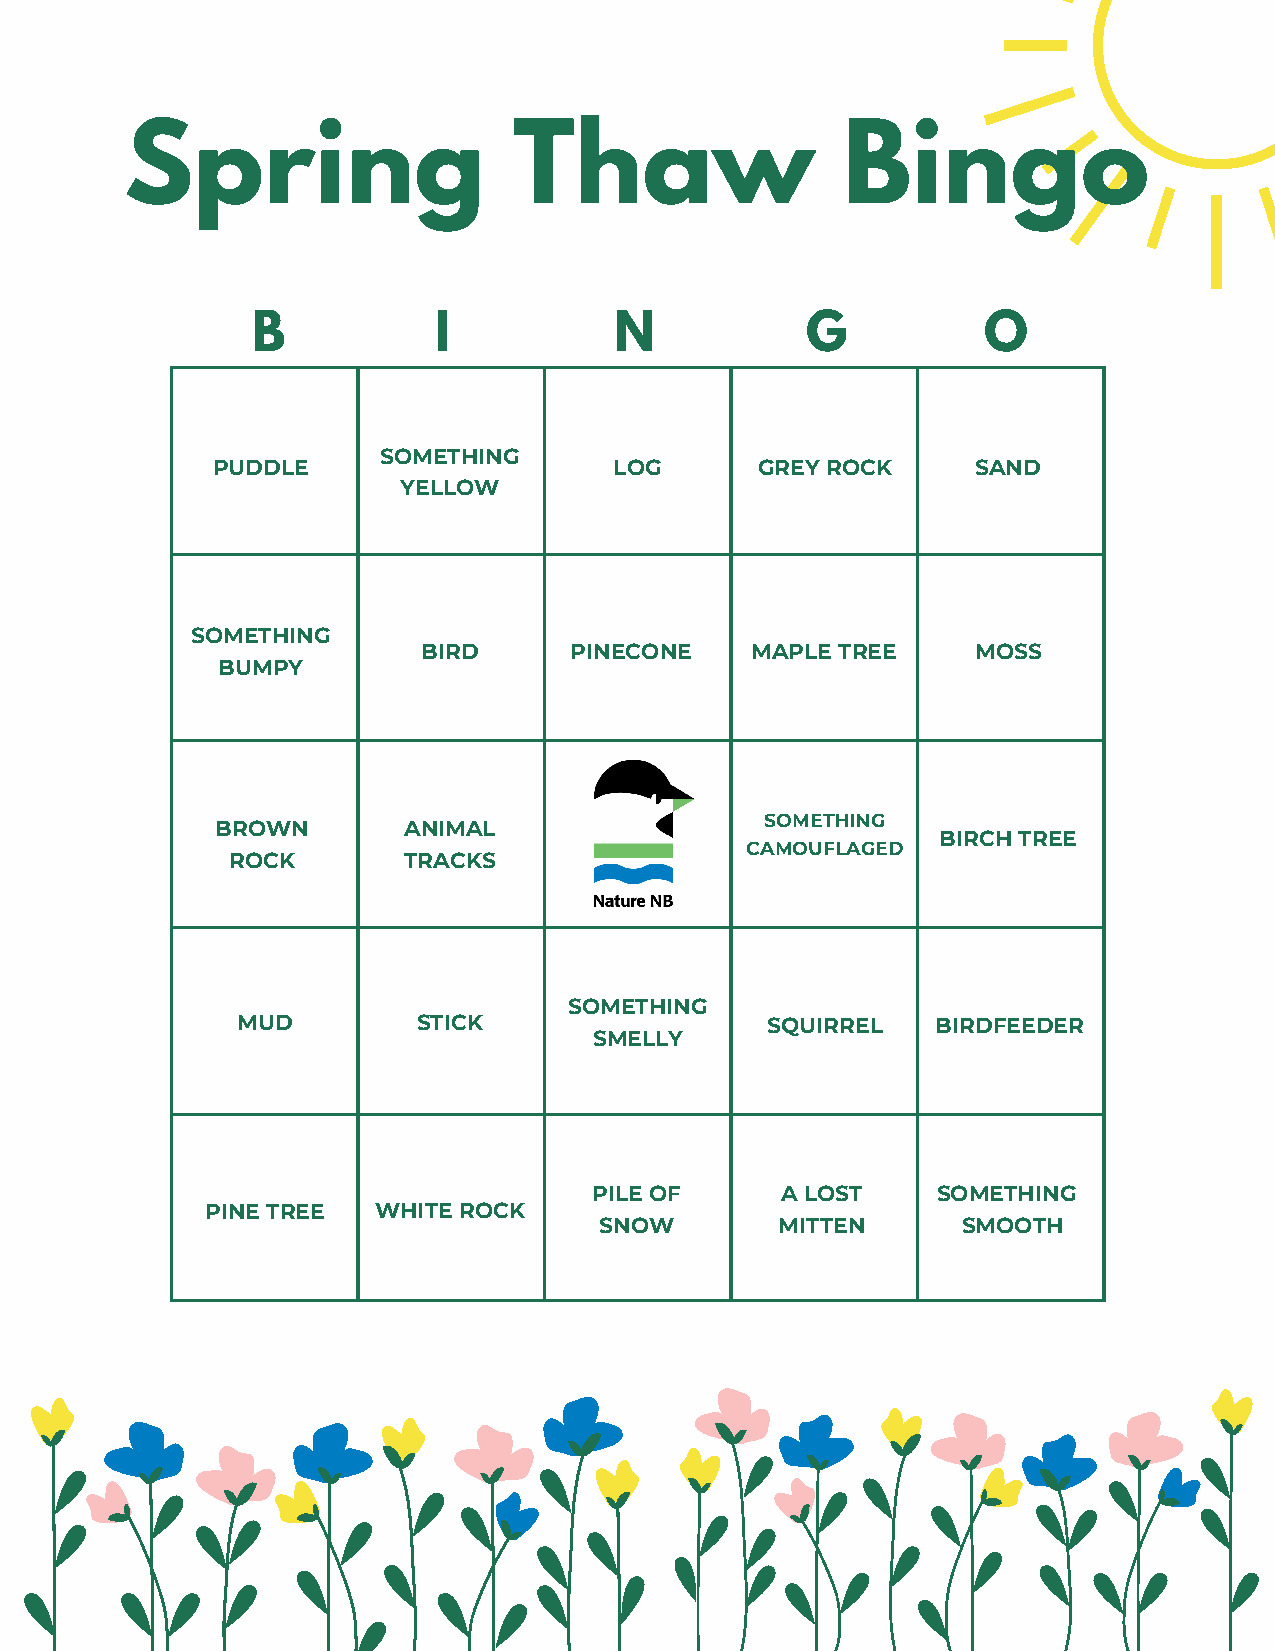
Spring                    Thaw                  Bingo
 B           I           N           G           O
 SOMETHING
 PUDDLE                     LOG      GREY ROCK      SAND
 YELLOW
 SOMETHING
 BIRD      PINECONE    MAPLE TREE     MOSS
 BUMPY
 SOMETHING
 BROWN        ANIMAL
 BIRCH TREE
 CAMOUFLAGED
 ROCK        TRACKS
 SOMETHING
 MUD         STICK                  SQUIRREL   BIRDFEEDER
 SMELLY
 PILE OF      A LOST    SOMETHING
 PINE TREE  WHITE ROCK
 SNOW        MITTEN      SMOOTH